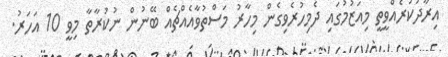
އިރާދަކުރެއްވީތީ މިއަޒުމުގައި ދެމިހުރެވިގެން މިހާރު މަސްތުވާއެއްޗެއް ބޭނުން ނުކުރާތާ މިވީ 10 އަހަރު.